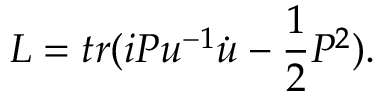
{ \cal L } = t r ( i P u ^ { - 1 } \dot { u } - \frac { 1 } { 2 } P ^ { 2 } ) .